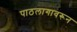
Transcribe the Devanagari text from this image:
पाठलागावरून